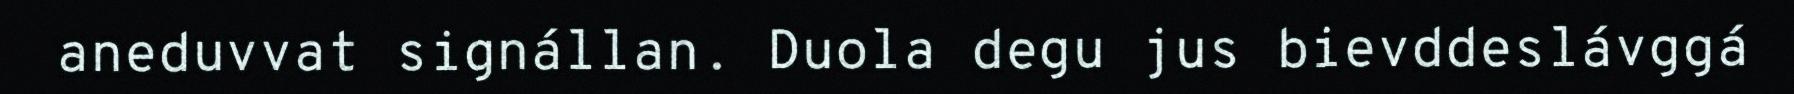
aneduvvat signállan. Duola degu jus bievddeslávggá